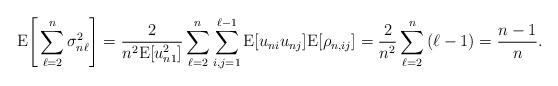
LaTeX: \begin{align*}{\rm E}\Bigg[\sum_{\ell=2}^n \sigma^2_{n\ell}\Bigg] =\frac{2}{n^2 {\rm E}[u_{n1}^2]} \sum_{\ell=2}^n \sum_{i,j=1}^{\ell-1} {\rm E} [u_{ni}u_{nj}] {\rm E} [\rho_{n,ij}] =\frac{2}{n^2} \sum_{\ell=2}^n\, (\ell-1)=\frac{n-1}{n}.\end{align*}